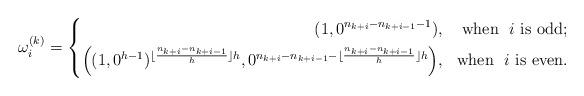
LaTeX: \begin{align*}\omega^{(k)}_i=\left\{\begin{aligned}(1,0^{n_{k+i}-n_{k+i-1}-1}) & , &{\rm when}\ \ i{\rm\ is\ odd}; \\\left((1,0^{h-1})^{\lfloor \frac{n_{k+i}-n_{k+i-1}}{h}\rfloor h},0^{n_{k+i}-n_{k+i-1}-\lfloor \frac{n_{k+i}-n_{k+i-1}}{h}\rfloor h}\right) & , &{\rm when}\ \ i {\rm\ is\ even}.\\\end{aligned}\right.\end{align*}